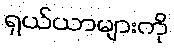
ရှယ်ယာများကို